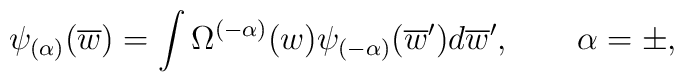
\psi _{(\alpha )}(\overline{w})=\int \Omega ^{(-\alpha )}(w)\psi _{(-\alpha)}(\overline{w}^{\prime })d\overline{w}^{\prime },\qquad \alpha =\pm ,